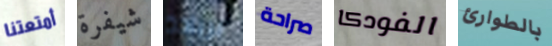
أمتعتنا شيفرة بزيادة صراحة الفودكا بالطوارئ